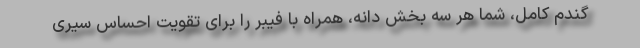
گندم کامل، شما هر سه بخش دانه، همراه با فیبر را برای تقویت احساس سیری